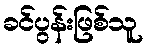
ခင်ပွန်းဖြစ်သူ